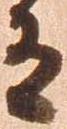
有